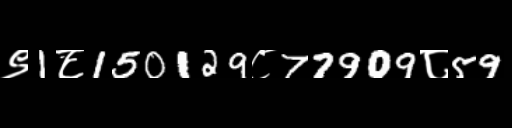
Text: ९1८150129८77909८59